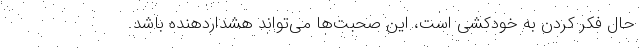
حال فکر کردن به خودکشی است، این صحبت‌ها می‌تواند هشداردهنده باشد.